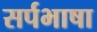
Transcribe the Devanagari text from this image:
सर्पभाषा